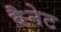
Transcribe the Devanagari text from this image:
बैेनेट